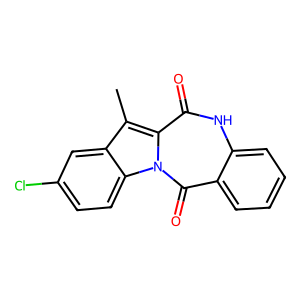
SMILES: Cc1c2cc(Cl)ccc2n2c(=O)c3ccccc3[nH]c(=O)c12
Inhibits HIV replication: No